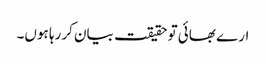
ارے بھائی تو حقیقت بیان کررہا ہوں۔